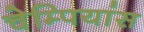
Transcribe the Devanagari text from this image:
चेम्पियांस